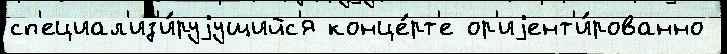
сп'ециал'из'и́руjущийс'я конце́рт'е ор'иjент'и́рованно